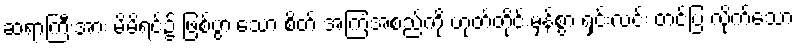
ဆရာကြီးအား မိမိရင်၌ ဖြစ်ပွားသော စိတ် အကြံအစည်ကို ဟုတ်တိုင်းမှန်စွာ ရှင်းလင်း တင်ပြ လိုက်သော